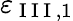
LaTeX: \varepsilon_{\mathrm{~I~I~I~},1}